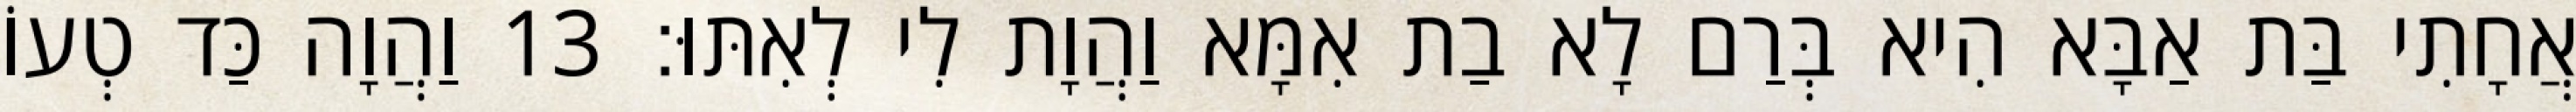
אֲחָתִי בַּת אַבָּא הִיא בְּרַם לָא בַת אִמָּא וַהֲוָת לִי לְאִתּוּ׃ 13 וַהֲוָה כַּד טְעוֹ